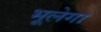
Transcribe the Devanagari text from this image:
भूलेगा